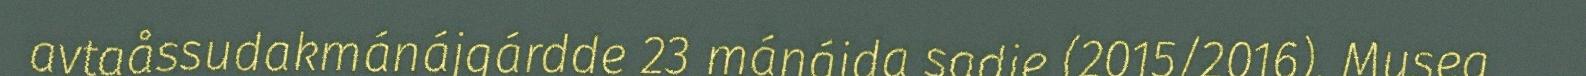
avtaåssudakmánájgárdde 23 mánájda sadje (2015/2016). Musea